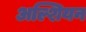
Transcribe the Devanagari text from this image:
अल्शियन